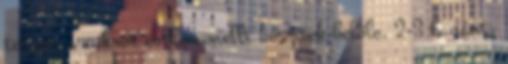
teszem a cukrot és karamellt készítek belőle. 2-3 banánt,